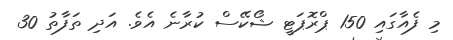
މި ފެއާގައި 150 ޕްރޮޕަޓީ ޝޯކޭސް ކުރާނެ އެވެ. އަދި ތަފާތު 30